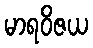
မာရဝိဇယ